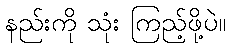
နည်းကို သုံး ကြည့်ဖို့ပဲ။